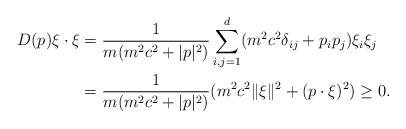
LaTeX: \begin{align*}D(p)\xi\cdot\xi&=\frac{1}{m(m^2c^2+|p|^2)}\sum_{i,j=1}^d(m^2c^2\delta_{ij}+p_ip_j)\xi_i\xi_j\\&=\frac{1}{m(m^2c^2+|p|^2)}(m^2c^2\|\xi\|^2+(p\cdot \xi)^2)\geq 0.\end{align*}